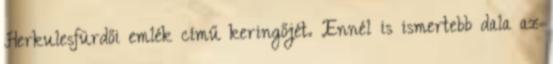
Herkulesfürdői emlék című keringőjét. Ennél is ismertebb dala az